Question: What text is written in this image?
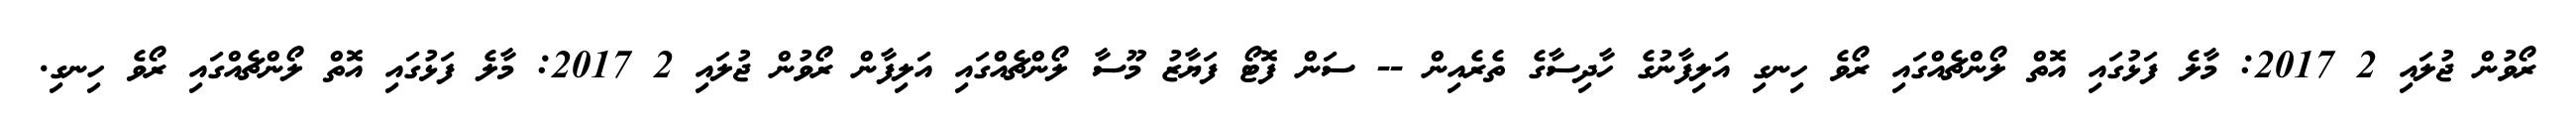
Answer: ރޯވުން ޖުލައި 2 2017: މާލެ ފަޅުގައި އޮތް ލޯންޗެއްގައި ރޯވެ ހިނގި އަލިފާނުގެ ހާދިސާގެ ތެރެއިން -- ސަން ފޮޓޯ ފަޔާޒު މޫސާ ލޯންޗެއްގައި އަލިފާން ރޯވުން ޖުލައި 2 2017: މާލެ ފަޅުގައި އޮތް ލޯންޗެއްގައި ރޯވެ ހިނގި.